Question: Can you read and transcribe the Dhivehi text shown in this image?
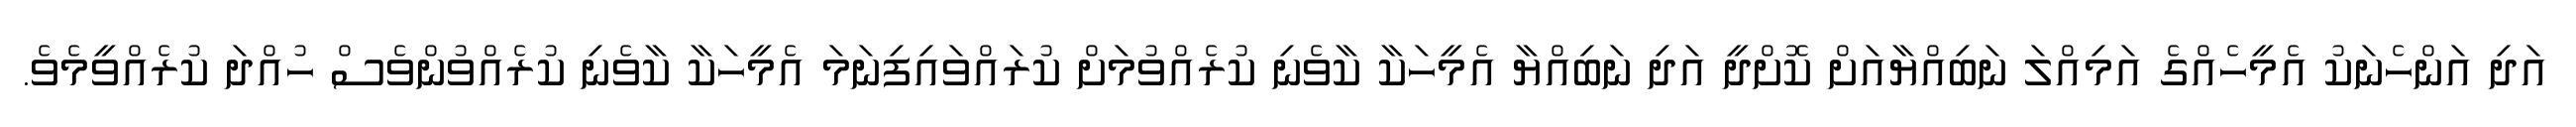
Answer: އަދި އަންހެނަކު އެމީހެއްގެ އަމިއްލަ ނަބިއްޔާއަށް ކޮށްދީ އަދި ނަބިއްޔާ އެމީހަކާ ކާވެނި ކުރެއްވުމަށް ކުރައްވައިފިނަމަ އެމީހަކާ ކާވެނި ކުރެއްވުންވެސް ހުއްދަ ކުރެއްވީމެވެ.